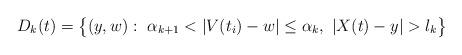
LaTeX: \begin{align*} D_{k}(t)=\big\{ (y, w): \ \alpha_{k+1}< |V(t_i)-w|\leq \alpha_k, \ |X(t)-y|> l_{k}\big\}\end{align*}